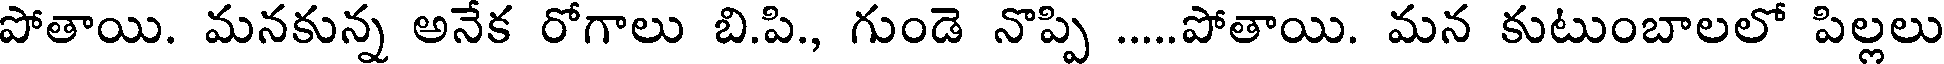
పోతాయి. మనకున్న అనేక రోగాలు బి.పి., గుండె నొప్పి ...పోతాయి. మన కుటుంబాలలో పిల్లలు